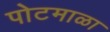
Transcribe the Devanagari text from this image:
पोटमाळा